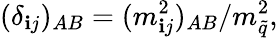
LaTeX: (\delta_{\mathbf{i}j})_{AB}={(m_{\mathbf{i}j}^{2})_{AB}/m_{\tilde{{q}}}^{2}},